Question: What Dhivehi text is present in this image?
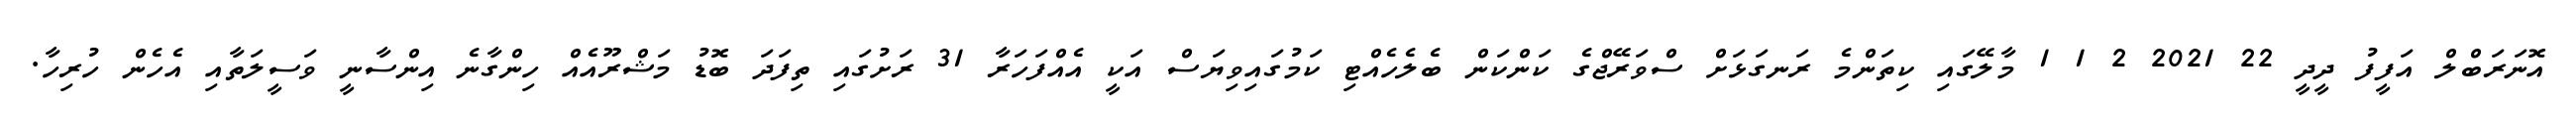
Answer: އޮނަރަބްލް އަފީފު ދީދީ 22 2021 2 1 1 މާލޭގައި ކިތަންމެ ރަނގަޅަށް ސްވަރޭޖްގެ ކަންކަން ބެލެހެއްޓި ކަމުގައިވިޔަސް އަކީ އެއްފަހަރާ 31 ރަށުގައި ތިފަދަ ބޮޑު މަޝްރޫއެއް ހިންގާނެ އިންސާނީ ވަސީލަތާއި އެހެން ހުރިހާ.